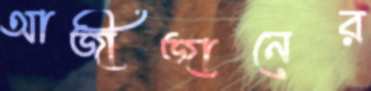
আজীজানের